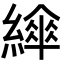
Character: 𦅮